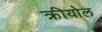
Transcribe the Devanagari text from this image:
क्रीयोल